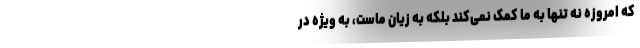
که امروزه نه تنها به ما کمک نمی‌کند بلکه به زیان ماست، به ویژه در